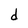
Character: d